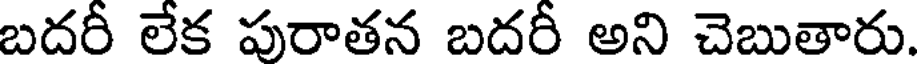
బదరీ లేక పురాతన బదరీ అని చెబుతారు.